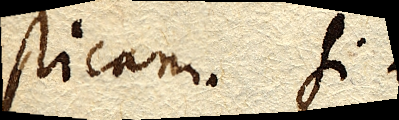
sticam. Si